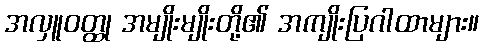
အလှူဝတ္ထု အမျိုးမျိုးတို့၏ အကျိုးပြဂါထာများ။